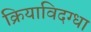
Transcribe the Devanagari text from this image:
क्रियाविदग्धा